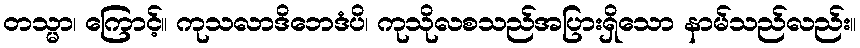
တသ္မာ၊ ကြောင့်။ ကုသလာဒိဘေဒံပိ၊ ကုသိုလစသည်အပြားရှိသော နာမ်သည်လည်း။